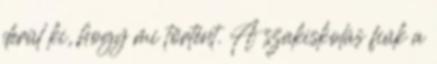
derül ki, hogy mi történt. A szakiskolás fiúk a